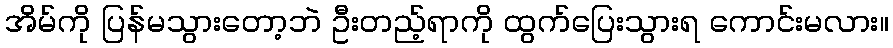
အိမ်ကို ပြန်မသွားတော့ဘဲ ဦးတည့်ရာကို ထွက်ပြေးသွားရ ကောင်းမလား။